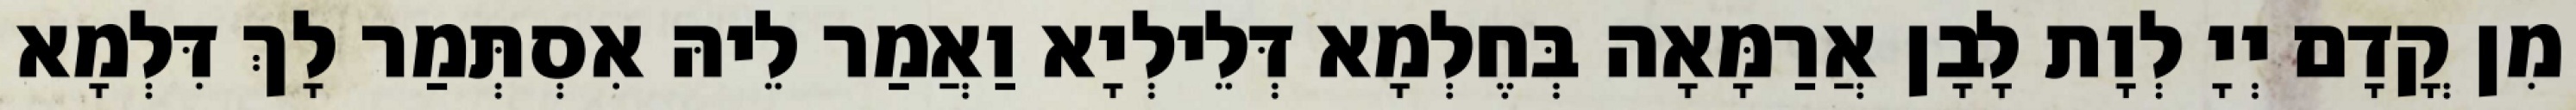
מִן קֳדָם יְיָ לְוָת לָבָן אֲרַמָּאָה בְּחֶלְמָא דְּלֵילְיָא וַאֲמַר לֵיהּ אִסְתְּמַר לָךְ דִּלְמָא